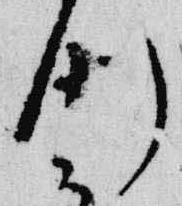
例